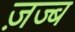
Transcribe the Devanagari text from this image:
ज़ज्ब